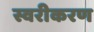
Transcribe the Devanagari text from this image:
स्वरीकरण